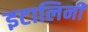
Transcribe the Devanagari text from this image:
इटालिनी